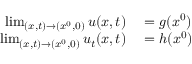
\begin{array} { r l } { \operatorname* { l i m } _ { ( x , t ) \to ( x ^ { 0 } , 0 ) } u ( x , t ) } & { { } = g ( x ^ { 0 } ) } \\ { \operatorname* { l i m } _ { ( x , t ) \to ( x ^ { 0 } , 0 ) } u _ { t } ( x , t ) } & { { } = h ( x ^ { 0 } ) } \end{array}